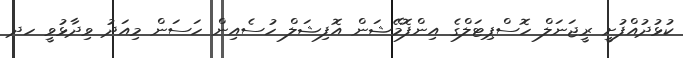
ކުޅުދުއްފުށީ ރީޖަނަލް ހޮސްޕިޓަލްގެ އިންފޮމޭޝަން އޮފިޝަލް ހުސެއިން ހަސަން މިއަދު ވިދާޅުވީ ހދ